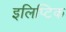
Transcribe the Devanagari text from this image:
इलिप्टिक